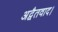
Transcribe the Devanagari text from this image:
अद्वैतवाद।